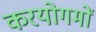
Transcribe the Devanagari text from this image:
करयोगमों